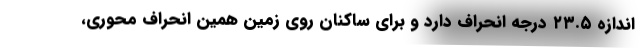
اندازه ۲۳.۵ درجه انحراف دارد و برای ساکنان روی زمین همین انحراف محوری،